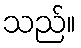
သည်။